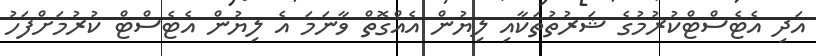
އަދި އެޓެސްޓްކުރުމުގެ ޝަރުތުތަކާއި ލިޔުން އެއްގޮތް ވާނަމަ އެ ލިޔުން އެޓެސްޓް ކުރުމަށްފަހު